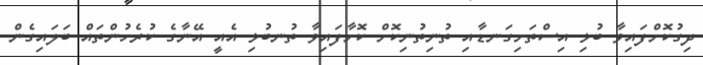
ދިގުކޮށްފައިވާ ބުޅި އިސްތަށިގަނޑާއި ތުނިތުނިކޮށް ކޮށާފައިވާ ތުނބުޅި އެއީ އޭނާގެ ކުރެހުންތައް ބަލައިގެން